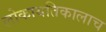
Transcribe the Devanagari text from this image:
लोकायतिकालाच